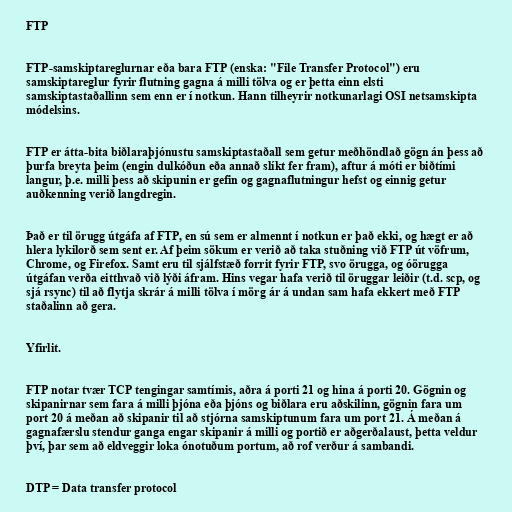
FTP

FTP-samskiptareglurnar eða bara FTP (enska: "File Transfer Protocol") eru
samskiptareglur fyrir flutning gagna á milli tölva og er þetta einn elsti
samskiptastaðallinn sem enn er í notkun. Hann tilheyrir notkunarlagi OSI netsamskipta
módelsins.

FTP er átta-bita biðlaraþjónustu samskiptastaðall sem getur meðhöndlað gögn án þess að
þurfa breyta þeim (engin dulkóðun eða annað slíkt fer fram), aftur á móti er biðtími
langur, þ.e. milli þess að skipunin er gefin og gagnaflutningur hefst og einnig getur
auðkenning verið langdregin.

Það er til örugg útgáfa af FTP, en sú sem er almennt í notkun er það ekki, og hægt er að
hlera lykilorð sem sent er. Af þeim sökum er verið að taka stuðning við FTP út vöfrum,
Chrome, og Firefox. Samt eru til sjálfstæð forrit fyrir FTP, svo örugga, og óörugga
útgáfan verða eitthvað við lýði áfram. Hins vegar hafa verið til öruggar leiðir (t.d. scp, og
sjá rsync) til að flytja skrár á milli tölva í mörg ár á undan sam hafa ekkert með FTP
staðalinn að gera.

Yfirlit.

FTP notar tvær TCP tengingar samtímis, aðra á porti 21 og hina á porti 20. Gögnin og
skipanirnar sem fara á milli þjóna eða þjóns og biðlara eru aðskilinn, gögnin fara um
port 20 á meðan að skipanir til að stjórna samskiptunum fara um port 21. Á meðan á
gagnafærslu stendur ganga engar skipanir á milli og portið er aðgerðalaust, þetta veldur
því, þar sem að eldveggir loka ónotuðum portum, að rof verður á sambandi.

DTP = Data transfer protocol